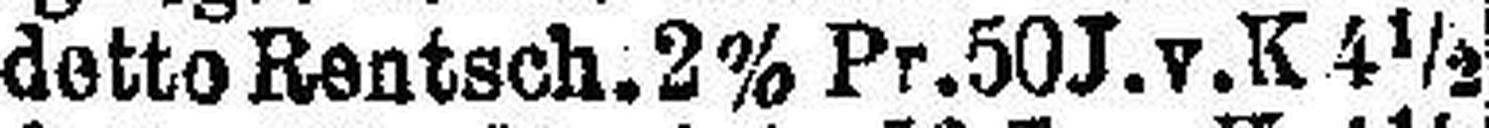
detto Rentsch. 2% Pr. 50 J. v. K 4½